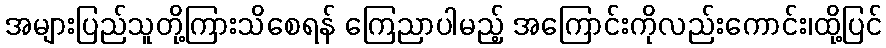
အများပြည်သူတို့ကြားသိစေရန် ကြေညာပါမည့် အကြောင်းကိုလည်းကောင်း၊ထို့ပြင်